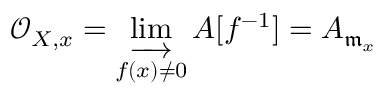
{ \mathcal { O } } _ { X , x } = \varinjlim _ { f ( x ) \neq 0 } A [ f ^ { - 1 } ] = A _ { { \mathfrak { m } } _ { x } }